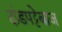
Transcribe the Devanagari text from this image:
दांडपट्टेबाज